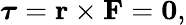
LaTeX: {\boldsymbol{\tau}}=\mathbf{r}\times\mathbf{F}=\mathbf{0},